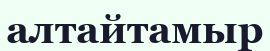
алтайтамыр